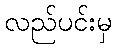
လည်ပင်းမှ